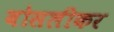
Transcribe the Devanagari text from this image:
बोसलीकर